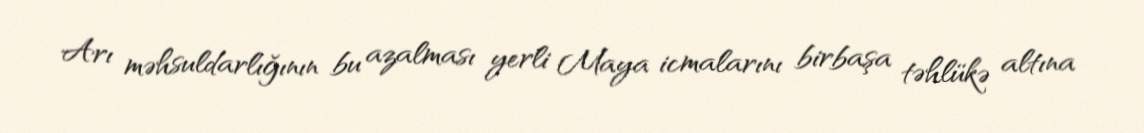
Arı məhsuldarlığının bu azalması yerli Maya icmalarını birbaşa təhlükə altına